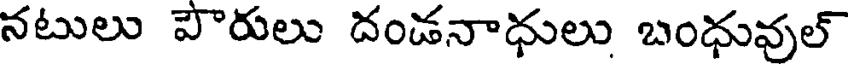
నటులు పౌరులు దండనాధులు బంధువుల్